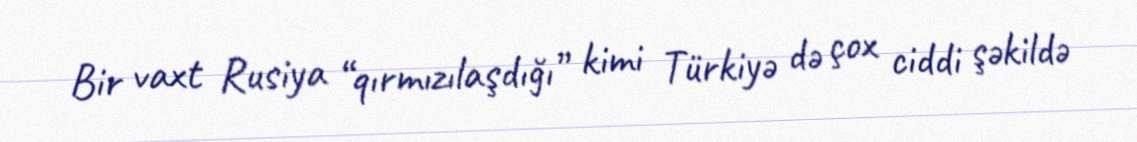
Bir vaxt Rusiya “qırmızılaşdığı” kimi Türkiyə də çox ciddi şəkildə